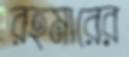
রহমারের